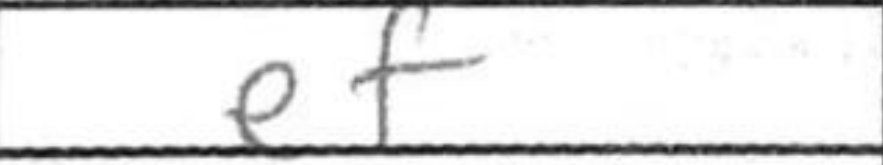
Transcription: ef